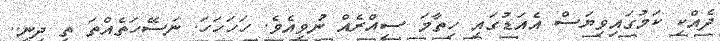
ދެއްކި ކަމުގައިވިޔަސް އެއަޑުގައި ހިތާމަ ސިއްރެއް ނުވިއެވެ. ހަަހަހަހަ. ނަސޭހަތެއްތަ ތި ދިނީ..